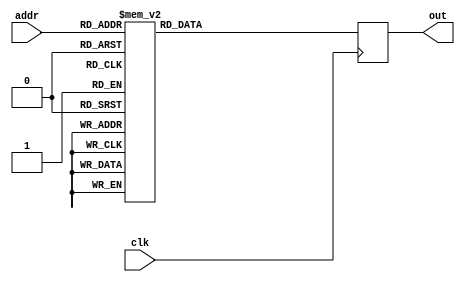
module ROM(out, addr, clk);
output[15:0] out;
input[3:0] addr;
input clk;
reg [15:0] out;
reg [15:0] ROM[15:0];
always @(posedge clk)
begin
ROM[0]=16'h5601; ROM[1]=16'h3401;
ROM[2]=16'h1801; ROM[3]=16'h0ac1;
ROM[4]=16'h0521; ROM[5]=16'h0221;
ROM[6]=16'h5601; ROM[7]=16'h5401;
ROM[8]=16'h4801; ROM[9]=16'h3801;
ROM[10]=16'h3001; ROM[11]=16'h2401;
ROM[12]=16'h1c01; ROM[13]=16'h1601;
ROM[14]=16'h5601; ROM[15]=16'h5401;
out=ROM[addr];
end
endmodule